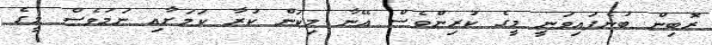
ރޮބިން ބުނެފައިވަނީ މީގެ ކުރިންވެސް އޭނާ މިކަން ކުރާ ކަމަށާއި ނަމަވެސް މީގެ